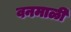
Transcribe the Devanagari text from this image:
वनमाळी